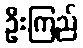
ဦးကြည်